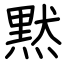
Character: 黙